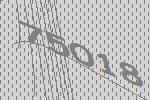
75018